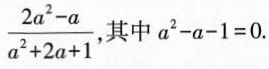
\frac { 2 a ^ { 2 } - a } { a ^ { 2 } + 2 a + 1 }$$ 其中$$a ^ { 2 } - a - 1 = 0$$.